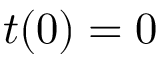
t ( 0 ) = 0